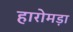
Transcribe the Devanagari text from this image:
हारोमड़ा